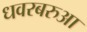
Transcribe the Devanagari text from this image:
धवरबरुआ